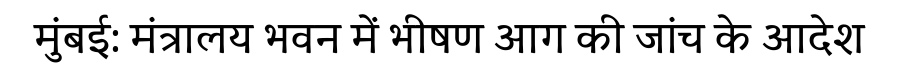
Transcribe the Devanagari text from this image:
मुंबई: मंत्रालय भवन में भीषण आग की जांच के आदेश